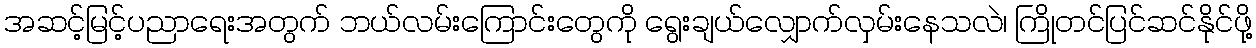
အဆင့်မြင့်ပညာရေးအတွက် ဘယ်လမ်းကြောင်းတွေကို ရွေးချယ်လျှောက်လှမ်းနေသလဲ၊ ကြိုတင်ပြင်ဆင်နိုင်ဖို့